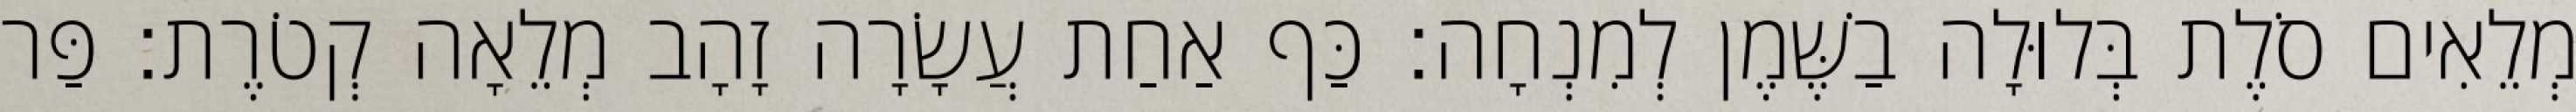
מְלֵאִים סֹלֶת בְּלוּלָה בַשֶּׁמֶן לְמִנְחָה׃ כַּף אַחַת עֲשָׂרָה זָהָב מְלֵאָה קְטֹרֶת׃ פַּר